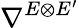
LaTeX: \nabla^{E\otimes E^{\prime}}